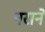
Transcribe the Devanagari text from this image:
नराने